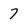
Character: 7